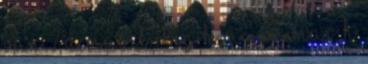
van ? a masik meg h mi az mar h